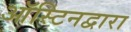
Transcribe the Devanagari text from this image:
ऑस्टिनद्वारा